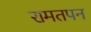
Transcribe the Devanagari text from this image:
रामतपन